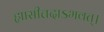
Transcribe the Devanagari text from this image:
ह्यासीत्तदाऽभवत्।